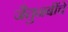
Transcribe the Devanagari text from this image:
जैतुनबींचे